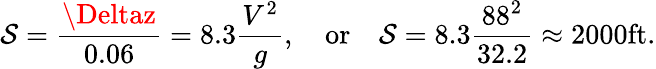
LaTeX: \mathcal{S}={\frac{{\Deltaz}}{{0.06}}}=8.3{\frac{{V^{2}}}{{g}}},\quad{\mathrm{{or}}}\quad\mathcal{S}=8.3{\frac{{88^{2}}}{{32.2}}}\approx2000{\mathrm{{ft}}}.